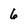
Character: 6